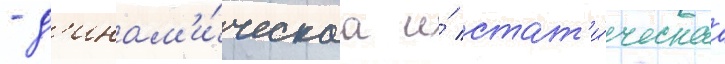
- д'инам'и́ческаа и́ стат'и́ческаа